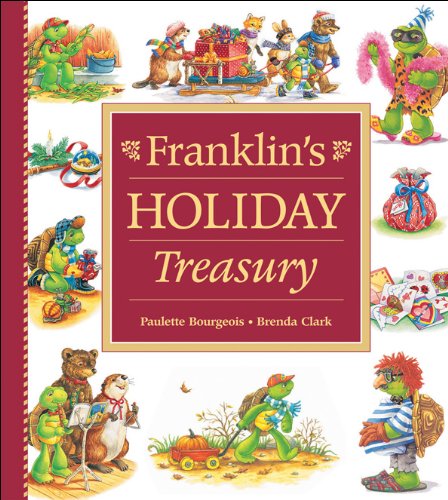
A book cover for Franklin's Holiday Treasury; Paulette Bourgeois; Children's Books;